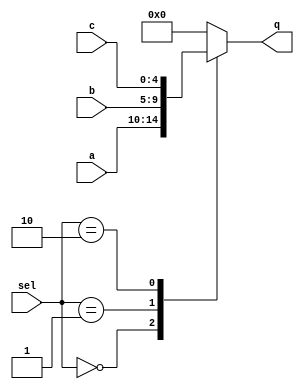
//--------------------------------------------------------------------------------------------
//
// Generated by X-HDL VHDL Translator - Version 2.0.0 Feb. 1, 2011
// ?? ?? 29 2018 17:21:56
//
//      Input file      : 
//      Component name  : rect_mux
//      Author          : 
//      Company         : 
//
//      Description     : 
//
//
//--------------------------------------------------------------------------------------------


module rect_mux(
   sel,
   a,
   b,
   c,
   q
);
   input [1:0]  sel;		// 2bit unsigned select
   input [4:0]  a;		// 5bit unsigned
   input [4:0]  b;		// 5bit unsigned
   input [4:0]  c;		// 5bit unsigned
   output [4:0] q;		// 5bit unsigned
   reg [4:0]    q;
   
   
   
   always @(a or b or c or sel)
   begin: mux0
      case (sel)
         2'b00 :
            q <= a;
         2'b01 :
            q <= b;
         2'b10 :
            q <= c;
         default :
            q <= {5{1'b0}};
      endcase
   end
   
endmodule